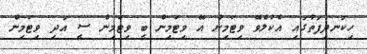
ހިކަނދިފަތުގައި އެކުލެވޭ ވިޓަމިން އޭ ވިޓަމިން ބީ ވިޓަމިން ސީ އަދި ވިޓަމިން